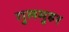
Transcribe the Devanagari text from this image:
गुलमुहर